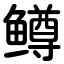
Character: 鳟